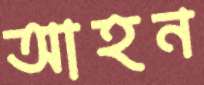
আহন